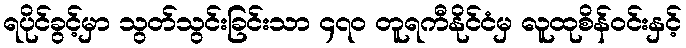
ရပိုင်ခွင့်မှာ သွတ်သွင်းခြင်းသာ ၄၇၀ တူရကီနိုင်ငံမှ လူထုစိန်ဝင်းနှင့်